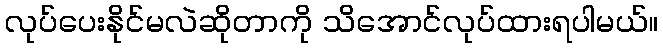
လုပ်ပေးနိုင်မလဲဆိုတာကို သိအောင်လုပ်ထားရပါမယ်။